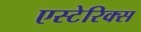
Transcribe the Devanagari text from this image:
एस्टेरिक्स